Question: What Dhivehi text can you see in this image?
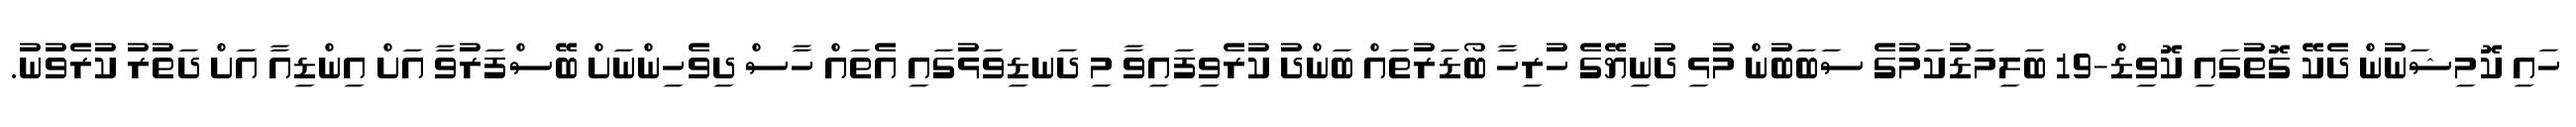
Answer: ހައި ކޮމިޝަނުން ދެކޭ ގޮތުގައި ކޮވިޑް-19 ބަލިމަޑުކަމުގެ ސަބަބުން މުޅި ދުނިޔޭގެ ހުރިހާ ބޯޑަރުތައް ބަންދު ކުރެވިފައިވާ މި ދަނޑިވަޅުގައި އެތައް ހާސް ދިވެހިންނަށް ބޭސްފަރުވާ އަށް އިންޑިއާ އަށް ދަތުރު ކުރެވުނު.